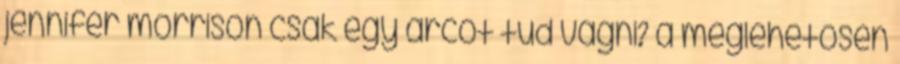
jennifer morrison csak egy arcot tud vágni? a meglehetősen